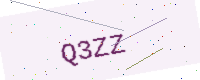
Text: Q3ZZ